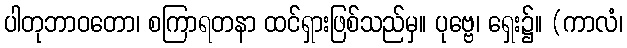
ပါတုဘာဝတော၊ စကြာရတနာ ထင်ရှားဖြစ်သည်မှ။ ပုဗ္ဗေ၊ ရှေး၌။ (ကာလံ၊